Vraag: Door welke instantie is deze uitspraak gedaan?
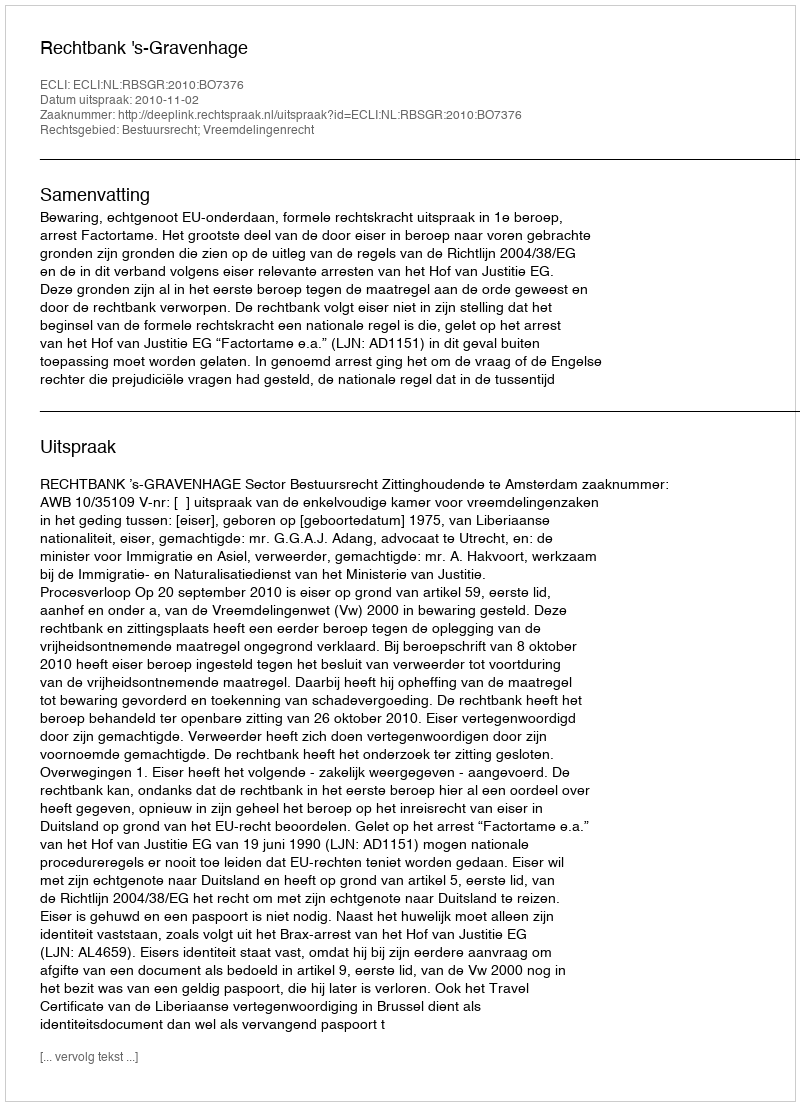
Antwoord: Rechtbank 's-Gravenhage